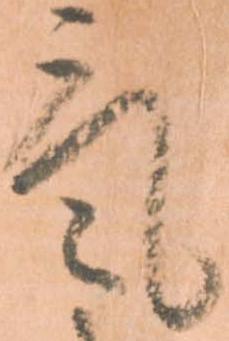
気